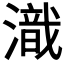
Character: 𣽚